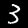
Label: 3